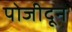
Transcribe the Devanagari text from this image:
पोजीदून